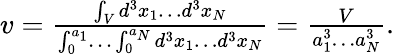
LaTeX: \begin{array}{r}{v={{\frac{\int_{V}d^{3}x_{1}\ldots{}d^{3}x_{N}}{\int_{0}^{a_{1}}\ldots{}\int_{0}^{a_{N}}d^{3}x_{1}\ldots{}d^{3}x_{N}}}}={\frac{V}{a_{1}^{3}\ldots{}a_{N}^{3}}}.}\end{array}